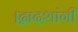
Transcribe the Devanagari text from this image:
।द्वादशांगी